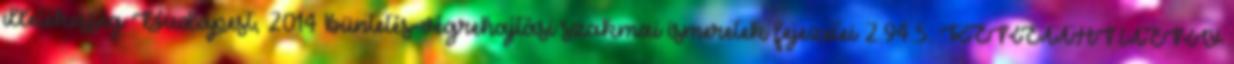
illetékesség Budapest, 2014 büntetés-végrehajtási szakmai ismeretek fejezetei 2.94.5. KERETTANTERV